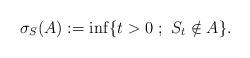
LaTeX: \begin{align*} \sigma_S(A):=\inf\{t>0\ ;\ S_t\notin A\}. \end{align*}